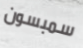
سمبسون